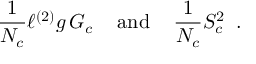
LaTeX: \frac { 1 } { N _ { c } } \ell ^ { ( 2 ) } g \, G _ { c } \, \, \, \, \, \mathrm { ~ a n d ~ } \, \, \, \, \, \frac { 1 } { N _ { c } } S _ { c } ^ { 2 } \, \, \, .